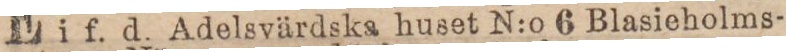
i f. d. Adelsvärdska huset N:o 6 Blasieholms-